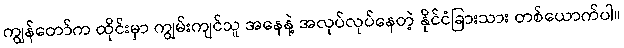
ကျွန်တော်က ထိုင်းမှာ ကျွမ်းကျင်သူ အနေနဲ့ အလုပ်လုပ်နေတဲ့ နိုင်ငံခြားသား တစ်ယောက်ပါ။